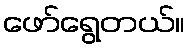
ဖော်ရွေတယ်။